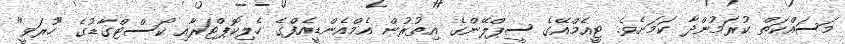
މަސައްކަތް ކުރަމުންދާ ކަމަށެވެ. ޓީއެމްއޭގެ ސީޕްލޭންގެ އިތުރުން އެމްއެންޑީއެފްގެ ހެލިކޮޕްޓަރާއި ކޯސްޓްގާޑުގެ "ހުރަވީ"